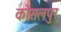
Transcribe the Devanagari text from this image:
कोसलपुर